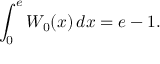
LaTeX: \int _ { 0 } ^ { e } W _ { 0 } ( x ) \, d x = e - 1 .